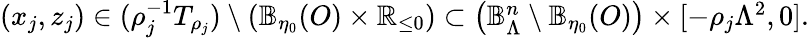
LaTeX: \begin{array}{r}{(x_{j},z_{j})\in(\rho_{j}^{-1}T_{\rho_{j}})\setminus(\mathbb{B}_{\eta_{0}}(O)\times\mathbb{R}_{\leq 0})\subset\left(\mathbb{B}_{\Lambda}^{n}\setminus\mathbb{B}_{\eta_{0}}(O)\right)\times[-\rho_{j}\Lambda^{2},0].}\end{array}